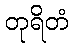
တုရိတံ